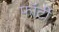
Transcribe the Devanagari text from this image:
फ़ॉर्टी